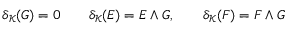
\delta _ { { \mathcal K } } ( G ) = 0 \qquad \delta _ { { \mathcal K } } ( E ) = E \wedge G , \qquad \delta _ { { \mathcal K } } ( F ) = F \wedge G